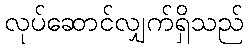
လုပ်ဆောင်လျှက်ရှိသည်